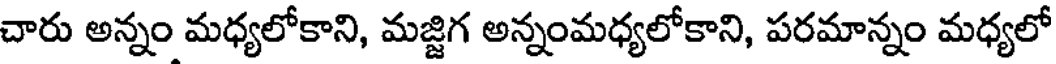
చారు అన్నం మధ్యలోకాని, మజ్జిగ అన్నంమధ్యలోకాని, పరమాన్నం మధ్యలో